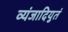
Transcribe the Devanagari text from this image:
व्यंजादियुतं